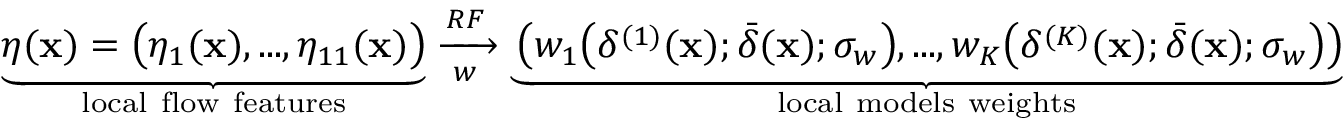
\underbrace { \boldsymbol { \eta } ( \mathbf { x } ) = \bigl ( \eta _ { 1 } ( \mathbf { x } ) , . . . , \eta _ { 1 1 } ( \mathbf { x } ) \bigr ) } _ { \mathrm { l o c a l ~ f l o w ~ f e a t u r e s } } \xrightarrow [ w ] { R F } \underbrace { \left( w _ { 1 } \bigl ( \delta ^ { ( 1 ) } ( \mathbf { x } ) ; \bar { \delta } ( \mathbf { x } ) ; \sigma _ { w } \bigr ) , . . . , w _ { K } \bigl ( \delta ^ { ( K ) } ( \mathbf { x } ) ; \bar { \delta } ( \mathbf { x } ) ; \sigma _ { w } \bigr ) \right) } _ { \mathrm { l o c a l ~ m o d e l s ~ w e i g h t s } }